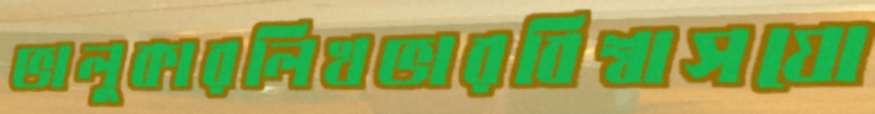
ভালুকারলিখভারবিশ্বাসযো